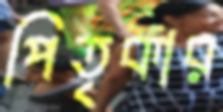
পিতৃকার